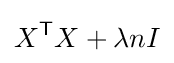
X^{\mathsf {T}}X+\lambda nI